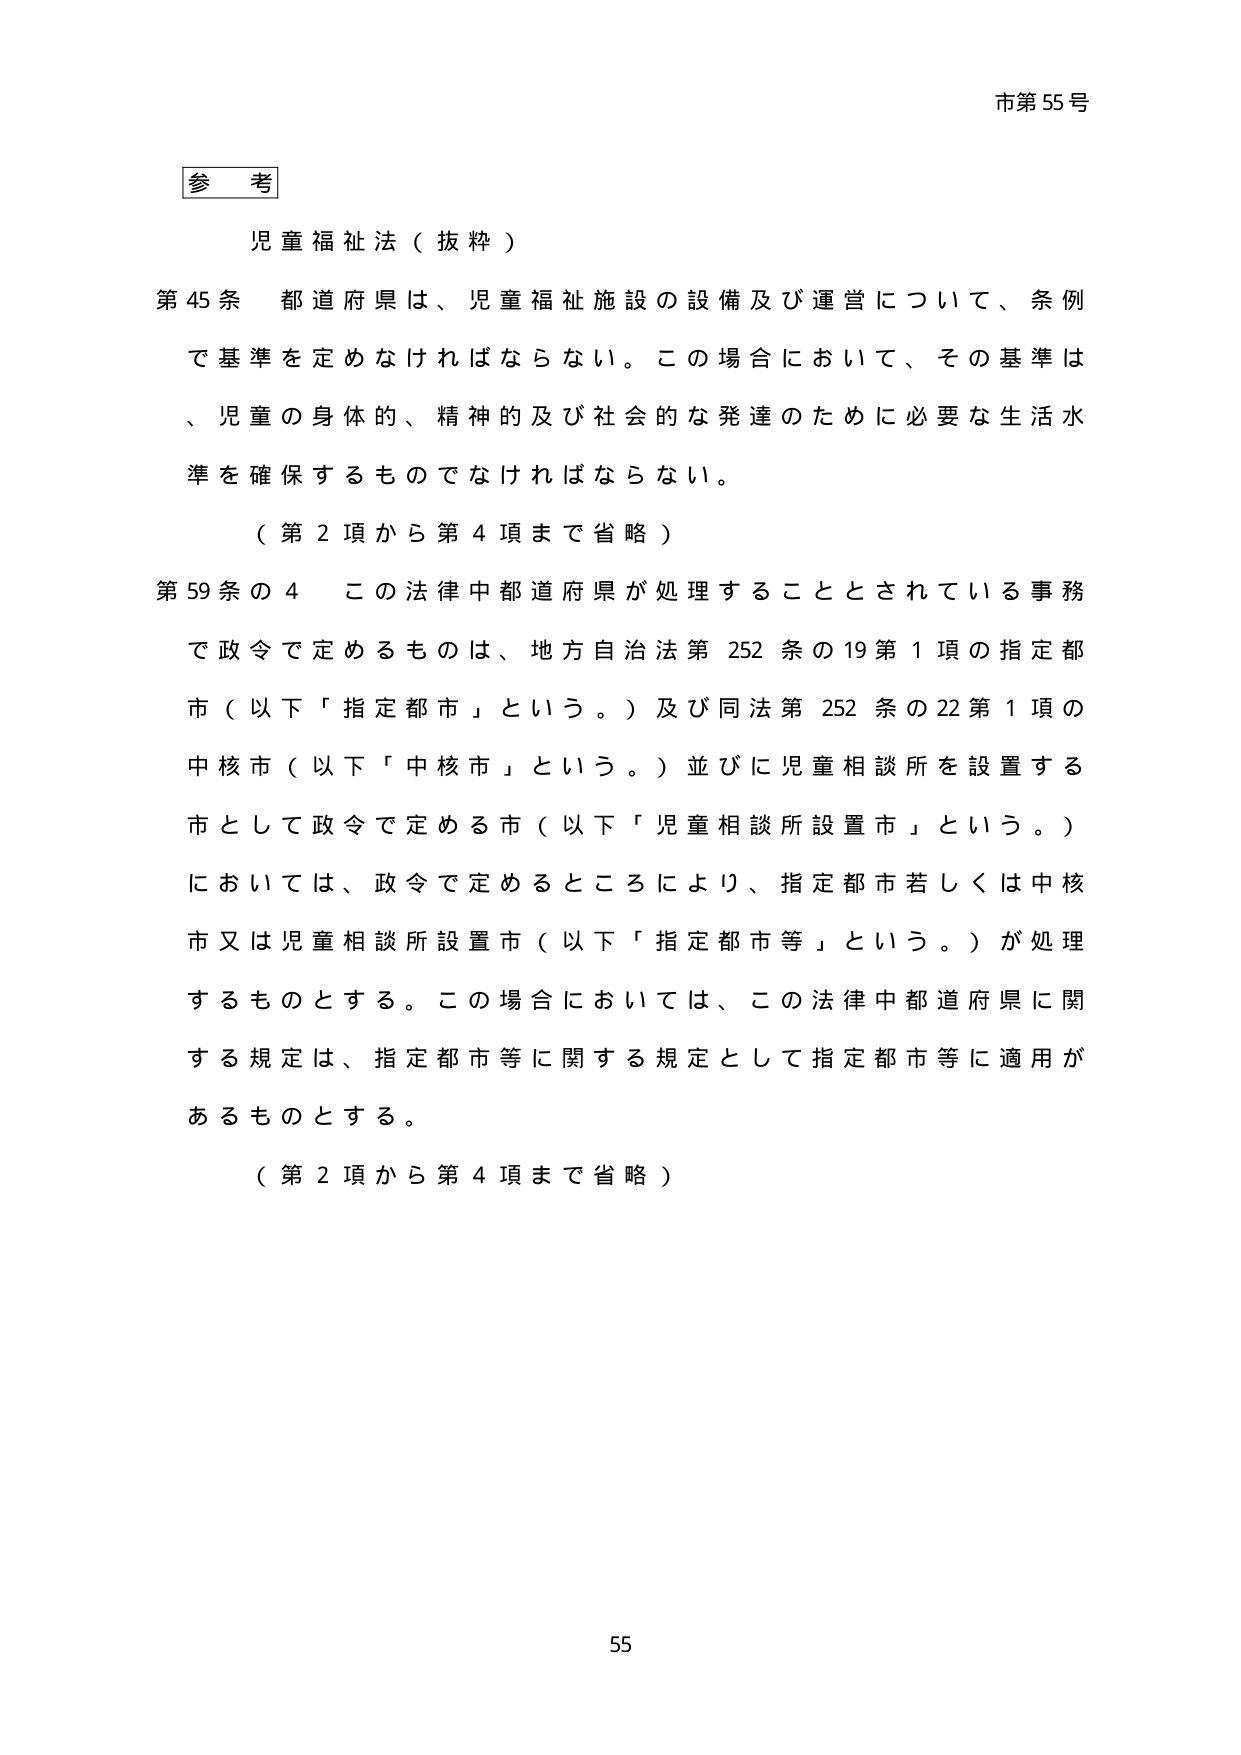
市第55号

参 考

児童福祉法（抜粋）

第45条 都道府県は、児童福祉施設の設備及び運営について、条例で基準を定めなければならない。この場合において、その基準は、児童の身体的、精神的及び社会的な発達のために必要な生活水準を確保するものでなければならない。

（第2項から第4項まで省略）

第59条の4 この法律中都道府県が処理することとされている事務で政令で定めるものは、地方自治法第252条の19第1項の指定都市（以下「指定都市」という。）及び同法第252条の22第1項の中核市（以下「中核市」という。）並びに児童相談所を設置する市として政令で定める市（以下「児童相談所設置市」という。）においては、政令で定めるところにより、指定都市若しくは中核市又は児童相談所設置市（以下「指定都市等」という。）が処理するものとする。この場合においては、この法律中都道府県に関する規定は、指定都市等に関する規定として指定都市等に適用があるものとする。

（第2項から第4項まで省略）

55